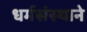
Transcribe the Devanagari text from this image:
धर्मसंस्थाने